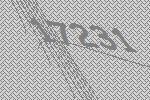
17231